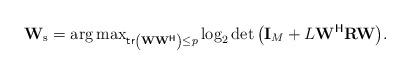
LaTeX: \begin{align*}\mathbf{W}_{\rm{s}}=\arg\max\nolimits_{{\mathsf{tr}}\left({\mathbf{W}}{\mathbf{W}}^{\mathsf{H}}\right)\leq p}{\log_2\det\left({\mathbf{I}}_M+L{\mathbf{W}}^{\mathsf{H}}{\mathbf{R}}{\mathbf{W}}\right)}.\end{align*}